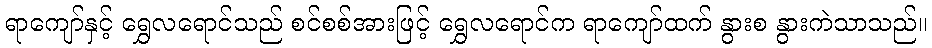
ရာကျော်နှင့် ရွှေလရောင်သည် စင်စစ်အားဖြင့် ရွှေလရောင်က ရာကျော်ထက် နွားစ နွားကဲသာသည်။